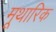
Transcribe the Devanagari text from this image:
मूथारिक